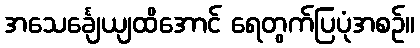
အသေင်္ချေယျထိအောင် ရေတွက်ပြပုံအစဉ်။